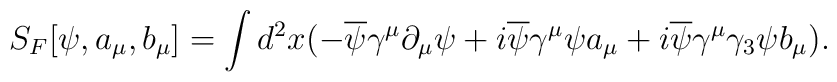
S_{F}[\psi , a_{\mu},b_{\mu}]=\int d^{2}x(-\overline{\psi}\gamma^{\mu}\partial_{\mu}\psi + i \overline{\psi}\gamma^{\mu}\psi a_{\mu}+i \overline{\psi}\gamma^{\mu}\gamma_{3}\psi b_{\mu}).